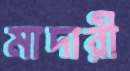
মাদারী